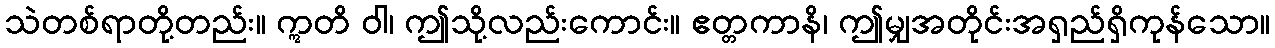
သဲတစ်ရာတို့တည်း။ ဣတိ ဝါ၊ ဤသို့လည်းကောင်း။ ဧတ္တကာနိ၊ ဤမျှအတိုင်းအရှည်ရှိကုန်သော။